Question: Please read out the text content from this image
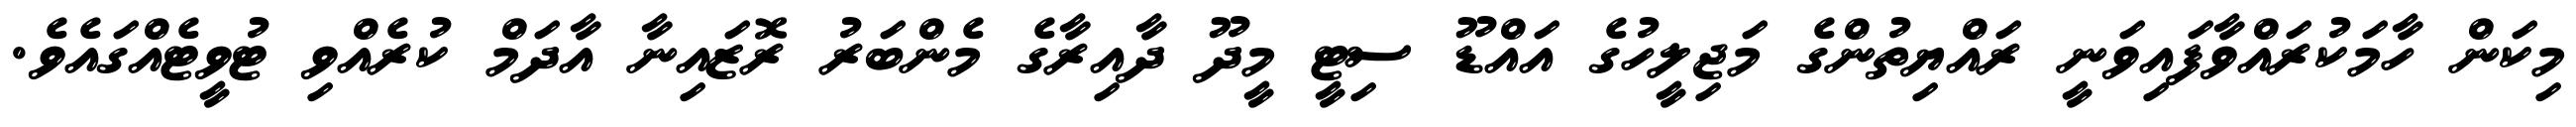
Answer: މިކަން ހާމަކުރައްވާފައިވަނީ ރައްޔިތުންގެ މަޖިލީހުގެ އައްޑޫ ސިޓީ މީދޫ ދާއިރާގެ މެންބަރު ރޮޒައިނާ އާދަމް ކުރެއްވި ޓުވީޓެއްގައެވެ.